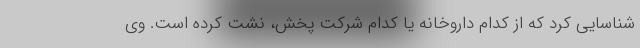
شناسایی کرد که از کدام داروخانه یا کدام شرکت پخش، نشت کرده است. وی